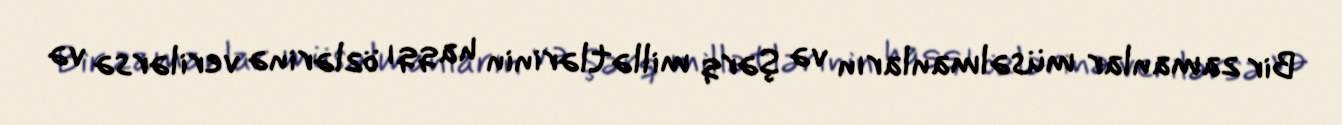
Bir zamanlar müsəlmanların və Şərq millətlərinin haqqı özlərinə verilərsə və